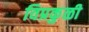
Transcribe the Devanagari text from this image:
विप्रकुळी